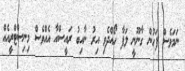
ނަމަވެސް ފަހުން ގާނޫނީ ލަފާ ހޯއްދެވި އިރު ނާއިބު ރައީސްއާ އެއްވެސް މިނިސްޓްރީއެއް